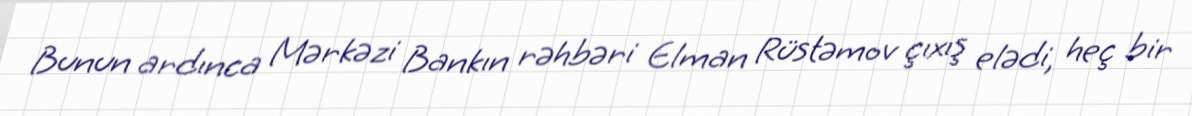
Bunun ardınca Mərkəzi Bankın rəhbəri Elman Rüstəmov çıxış elədi, heç bir